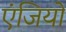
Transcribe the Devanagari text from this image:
एंजियो